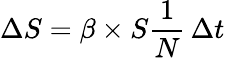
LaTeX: \Delta S=\beta\times S{\frac{1}{N}}\, \Delta t